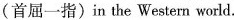
(首屈一指) in the Western world.